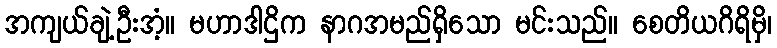
အကျယ်ချဲ့ဦးအံ့။ မဟာဒါဌိက နာဂအမည်ရှိသော မင်းသည်။ စေတိယဂိရိမှိ၊